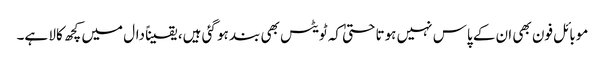
موبائل فون بھی ان کے پاس نہیں ہوتا حتیٰ کہ ٹویٹس بھی بند ہو گئی ہیں، یقیناً دال میں کچھ کالا ہے۔